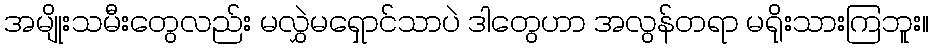
အမျိုးသမီးတွေလည်း မလွှဲမရှောင်သာပဲ ဒါတွေဟာ အလွန်တရာ မရိုးသားကြဘူး။